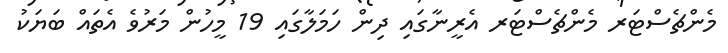
މެންޗެސްޓަރ މެންޗެސްޓަރ އެރީނާގައި ދިން ހަމަލާގައި 19 މީހުންް މަރުވެ އެތައް ބަޔަކު